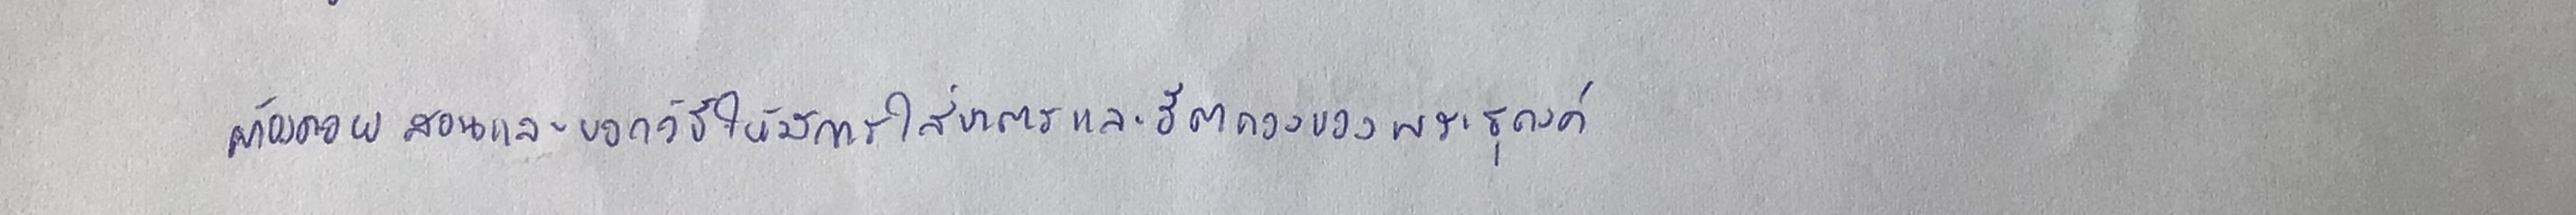
ต้องคอยสอนและบอกวิธีให้มีการใส่บาตรและฮีตคองของพระธุดงค์